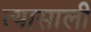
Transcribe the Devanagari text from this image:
त्‍यासाली